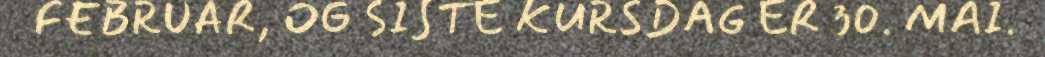
FEBRUAR, OG SISTE KURSDAG ER 30. MAI.